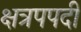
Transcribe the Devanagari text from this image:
क्षत्रपपदी